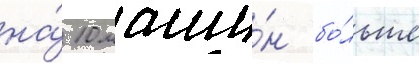
на́ 10 маши́н бо́льше